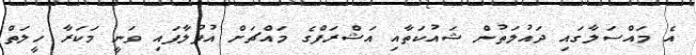
އެ މައްސަލާގައި ދައުލަތުން ޝައުކަތާއި އަޝްރަފްގެ މައްޗަށް އުފުލާފައި ވަނީ މަކަރާ ހީލަތް